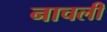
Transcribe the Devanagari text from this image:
नाचली